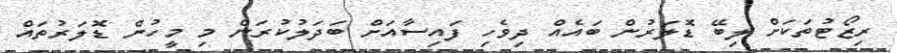
ރިޒޯޓުތަކަށް ލިބޭ ޑޮލަރުން ބައެއް ދިވެހި ފައިސާއަށް ބަދަލުކުރަން މި މީހުން ޑޮލަރުތައް